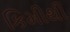
કિમીથી